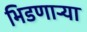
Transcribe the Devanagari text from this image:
भिडणाऱ्या